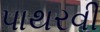
પાથરવી